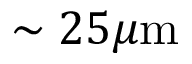
\sim 2 5 \mu \mathrm { m }